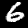
Digit: 6